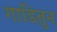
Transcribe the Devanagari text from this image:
गाडितुन